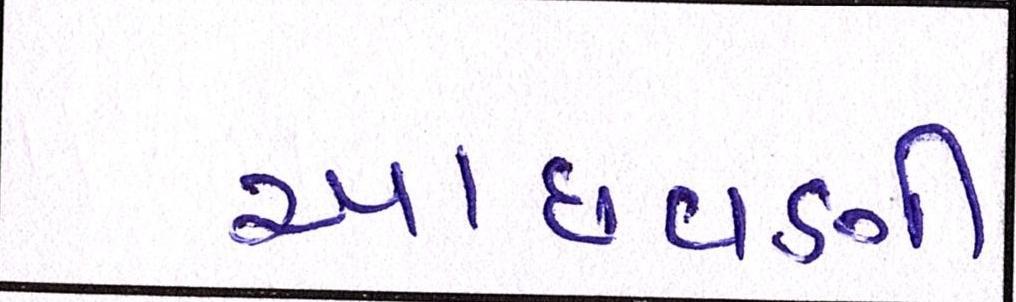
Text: આછવણી